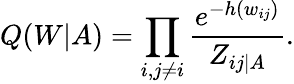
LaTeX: Q(W|A)=\prod_{i,j\neq i}\frac{e^{-h(w_{ij})}}{Z_{ij|A}}.